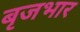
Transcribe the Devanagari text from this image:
बृजभार